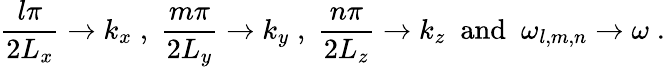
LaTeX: \frac{l\pi}{2L_{x}}\to k_{x}\; ,\; \frac{m\pi}{2L_{y}}\to k_{y}\; ,\; \frac{n\pi}{2L_{z}}\to k_{z}\; \mathrm{~and~}\; \omega_{l,m,n}\to\omega\; .